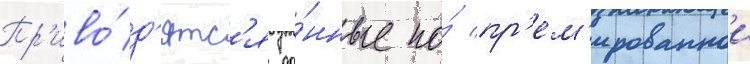
Пр'иво́д'ятс'я да́нные по́ пр'ем'ированнои